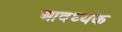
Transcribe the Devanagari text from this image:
आवध्यक